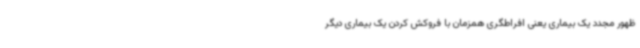
ظهور مجدد یک بیماری یعنی افراطگری همزمان با فروکش کردن یک بیماری دیگر